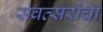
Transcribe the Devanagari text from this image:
संवत्सरांचा